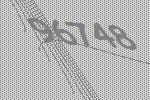
96748